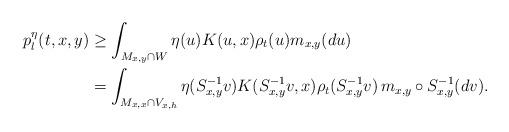
LaTeX: \begin{align*}p_{l}^{\eta}(t,x,y) & \geq\int_{M_{x,y}\cap W}\eta(u)K(u,x)\rho_{t}(u)m_{x,y}(du)\\ & =\int_{M_{x,x}\cap V_{x,h}}\eta(S_{x,y}^{-1}v)K(S_{x,y}^{-1}v,x)\rho_{t}(S_{x,y}^{-1}v) \, m_{x,y}\circ S_{x,y}^{-1}(dv). \end{align*}